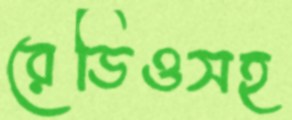
রেডিওসহ